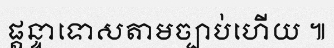
ផ្តន្ទាទោសតាមច្បាប់ហើយ ៕